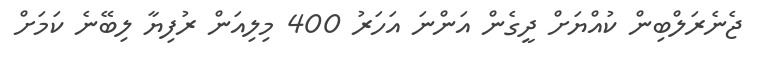
ޖެނެރަލްބިން ކުއްޔަށް ދީގެން އަންނަ އަހަރު 400 މިލިއަން ރުފިޔާ ލިބޭނެ ކަމަށް